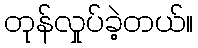
တုန်လှုပ်ခဲ့တယ်။